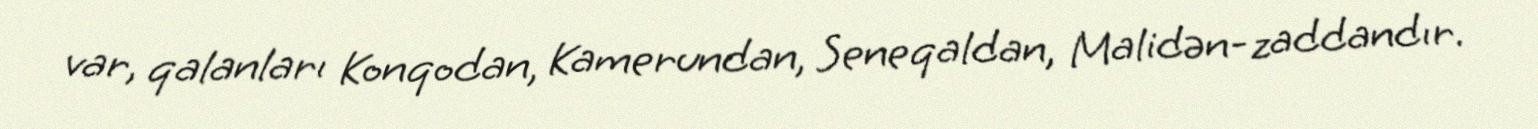
var, qalanları Konqodan, Kamerundan, Seneqaldan, Malidən-zaddandır.